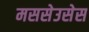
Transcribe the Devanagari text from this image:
मससेउसेस